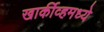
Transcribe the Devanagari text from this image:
खार्कीव्हमध्ये